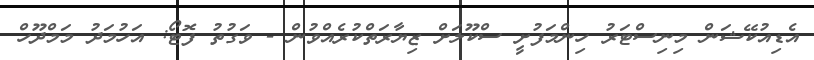
އެޑިއުކޭޝަން މިނިސްޓަރު ހިންމަފުށީ ސްކޫލަށް ޒިޔާރަތްކުރެއްވުން - ވަގުތު ފޮޓޯ: އަހުމަދު މަމްދޫހް